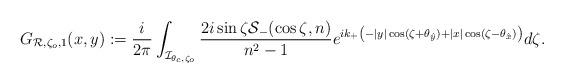
LaTeX: \begin{align*}G_{\mathcal R,\zeta_o,1}(x,y):=\frac{i}{2\pi}\int_{\mathcal I_{\theta_c,\zeta_o}}\frac{2i\sin\zeta\mathcal S_{-}(\cos\zeta,n)}{n^2-1}{e^{ik_{+}\left(-\vert y \vert\cos(\zeta+\theta_{\hat y})+ \vert x \vert\cos(\zeta-\theta_{\hat x})\right)}}d\zeta.\end{align*}